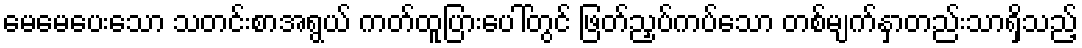
မေမေပေးသော သတင်းစာအရွယ် ကတ်ထူပြားပေါ်တွင် ဖြတ်ညှပ်ကပ်သော တစ်မျက်နှာတည်းသာရှိသည့်